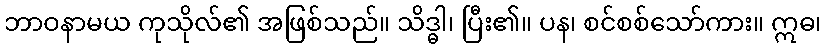
ဘာဝနာမယ ကုသိုလ်၏ အဖြစ်သည်။ သိဒ္ဓါ၊ ပြီး၏။ ပန၊ စင်စစ်သော်ကား။ ဣဓ၊